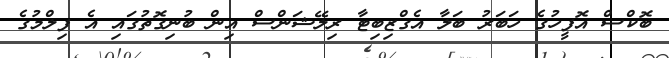
ބޮކްސް އޮފީހުގެ ހަބަރު ބަލާ އެގްޒިބިޓާ ރިލޭޝަންސް އިން ބުނިގޮތުގައި އެ ފިލްމުގެ